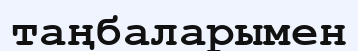
таңбаларымен